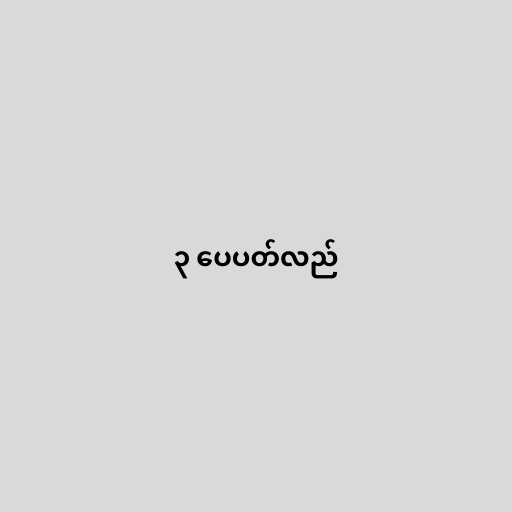
၃ ပေပတ်လည်